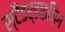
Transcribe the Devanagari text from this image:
स्टैंडर्डाइज़िंग